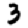
Digit: 3